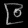
Digit: ၉